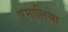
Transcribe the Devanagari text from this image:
एमालिया